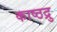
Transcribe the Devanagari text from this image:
काष्ठद्रु